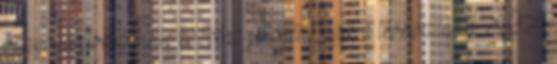
vagyona elveszíthette közpénz jellegét Zajlik a levélváltás a KSH